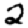
Digit: 2